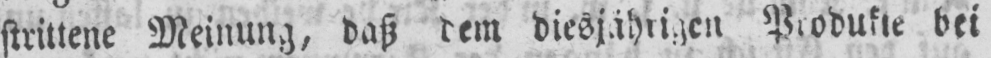
strittene Meinung, daß dem diesjährigen Produkte bei